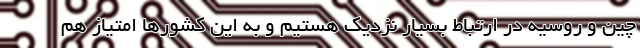
چين و روسيه در ارتباط بسيار نزديک هستيم و به اين کشور‌ها امتياز هم